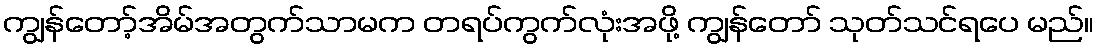
ကျွန်တော့်အိမ်အတွက်သာမက တရပ်ကွက်လုံးအဖို့ ကျွန်တော် သုတ်သင်ရပေ မည်။